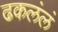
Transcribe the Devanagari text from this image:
ढकलंलं